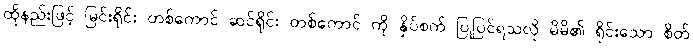
ထိုနည်းဖြင့် မြင်းရိုင်း တစ်ကောင် ဆင်ရိုင်း တစ်ကောင် ကို နှိပ်စက် ပြုပြင်ရသလို မိမိ၏ ရိုင်းသော စိတ်